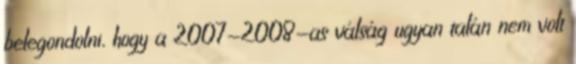
belegondolni, hogy a 2007-2008-as válság ugyan talán nem volt